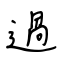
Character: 過